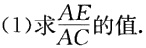
(1)求$\frac{AE}{AC}$的值.